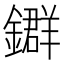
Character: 𨮉